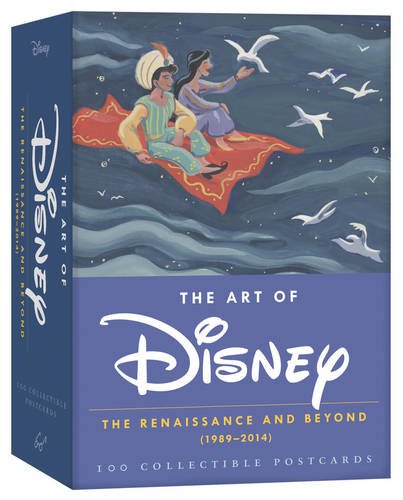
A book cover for The Art of Disney: The Renaissance and Beyond (1989 - 2014); Disney; Arts & Photography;